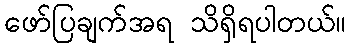
ဖော်ပြချက်အရ သိရှိရပါတယ်။